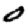
Digit: 0